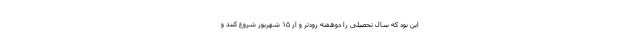
این بود که سال تحصیلی را دوهفته زودتر و از ۱۵ شهریور شروع کنند و